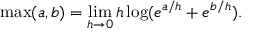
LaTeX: \operatorname* { m a x } ( a , b ) = \operatorname* { l i m } _ { h \to 0 } h \log ( e ^ { a / h } + e ^ { b / h } ) .